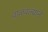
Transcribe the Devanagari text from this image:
वाळवल्याने